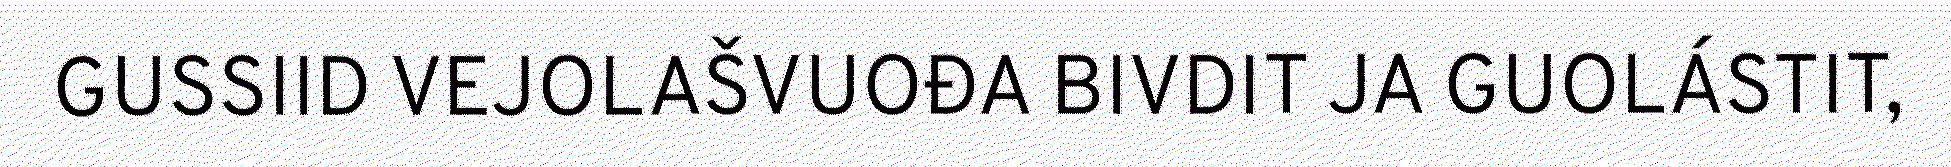
GUSSIID VEJOLAŠVUOĐA BIVDIT JA GUOLÁSTIT,